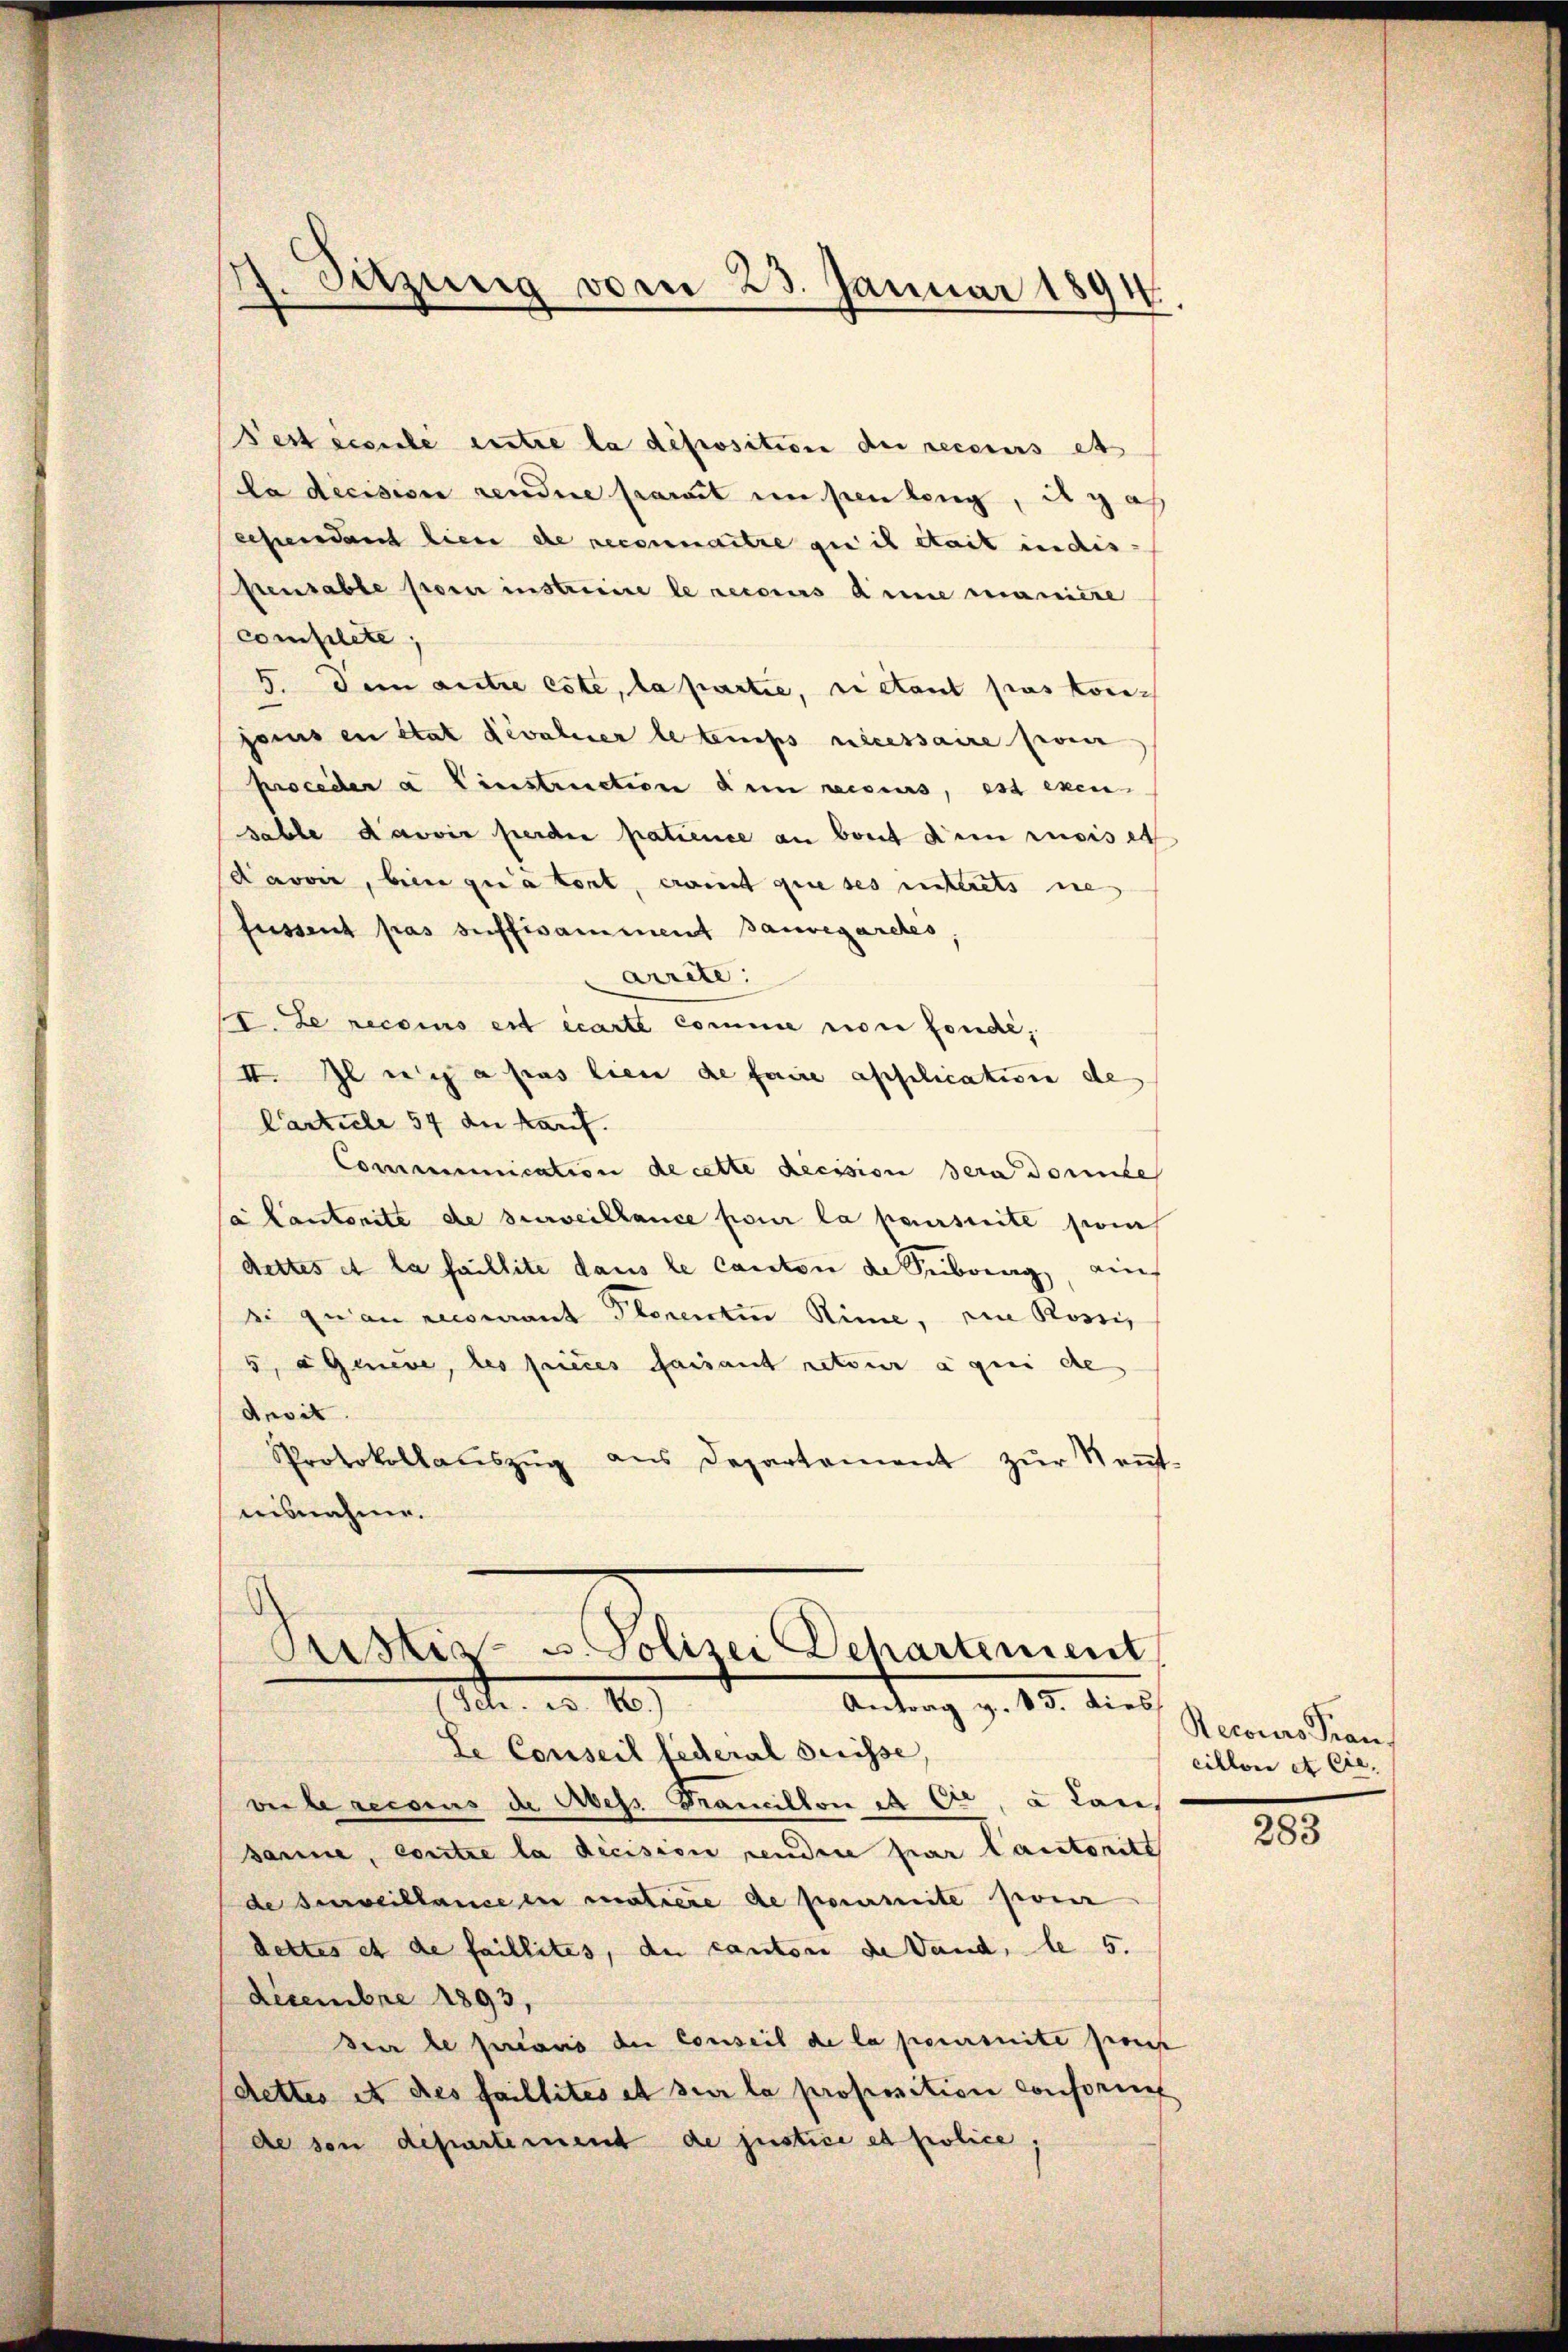
Pest écoule entre la déposition de recours et
da decision rendere samt unsen lang, in ga
cependant lieu de reconnaitre qui il était indis
stensable son instruire le recours anne manière
complete,
5. Dein autre este, la partie, rietont pas vorigams en état devalier le temps nécessaire pour
proceder a. Einstruction dem reiseurs, est exen
sable davoir perden patience an baut dem rusis et
(davon, bien qua bont, erait que ses unterets ne
fussent pas suffisamment Bauvegaretés,
arrête:
(I. Le recois est écarte comme non fondé;
II. Il e i a pas lieu de faire application de
Carticle 54 die Kauf.
Communication de cette decision sera donne
/a Cantonité de surveillance pour la poursuite pom
dettes et la faillite dans le canton de Subring, auch
si quan recomant Plenentin Rime, ein Rossi,
5, Geneve, les pieces faisant retour a qui de
desi
Protokollaŭszŭg ans Departement zŭr Keṅt-
aisnahme.

3. Sitzung vom 23. Januar 1894.

Pustiz- u. Polizei Departement
1 n 10
Antrag v. 15. dies

Se Conseil federal Suisse,
vir le recours de Aess Francillon in Cie, a Laus
sanne, contre la decision sendere par lautoritt
de surveillance en matiere de permite pren
dettes et de faillites, du canton de Vaud, le 5.
Decembre 1893.
seur le préavis der Conseil de la poursuite Prof
dettes et des faillités et sur la proposition consoris
de son departement de justice et police,

Recours Frau.
cilloni et sie, |

283